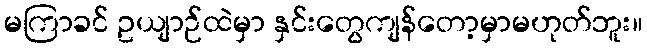
မကြာခင် ဥယျာဉ်ထဲမှာ နှင်းတွေကျန်တော့မှာမဟုတ်ဘူး။